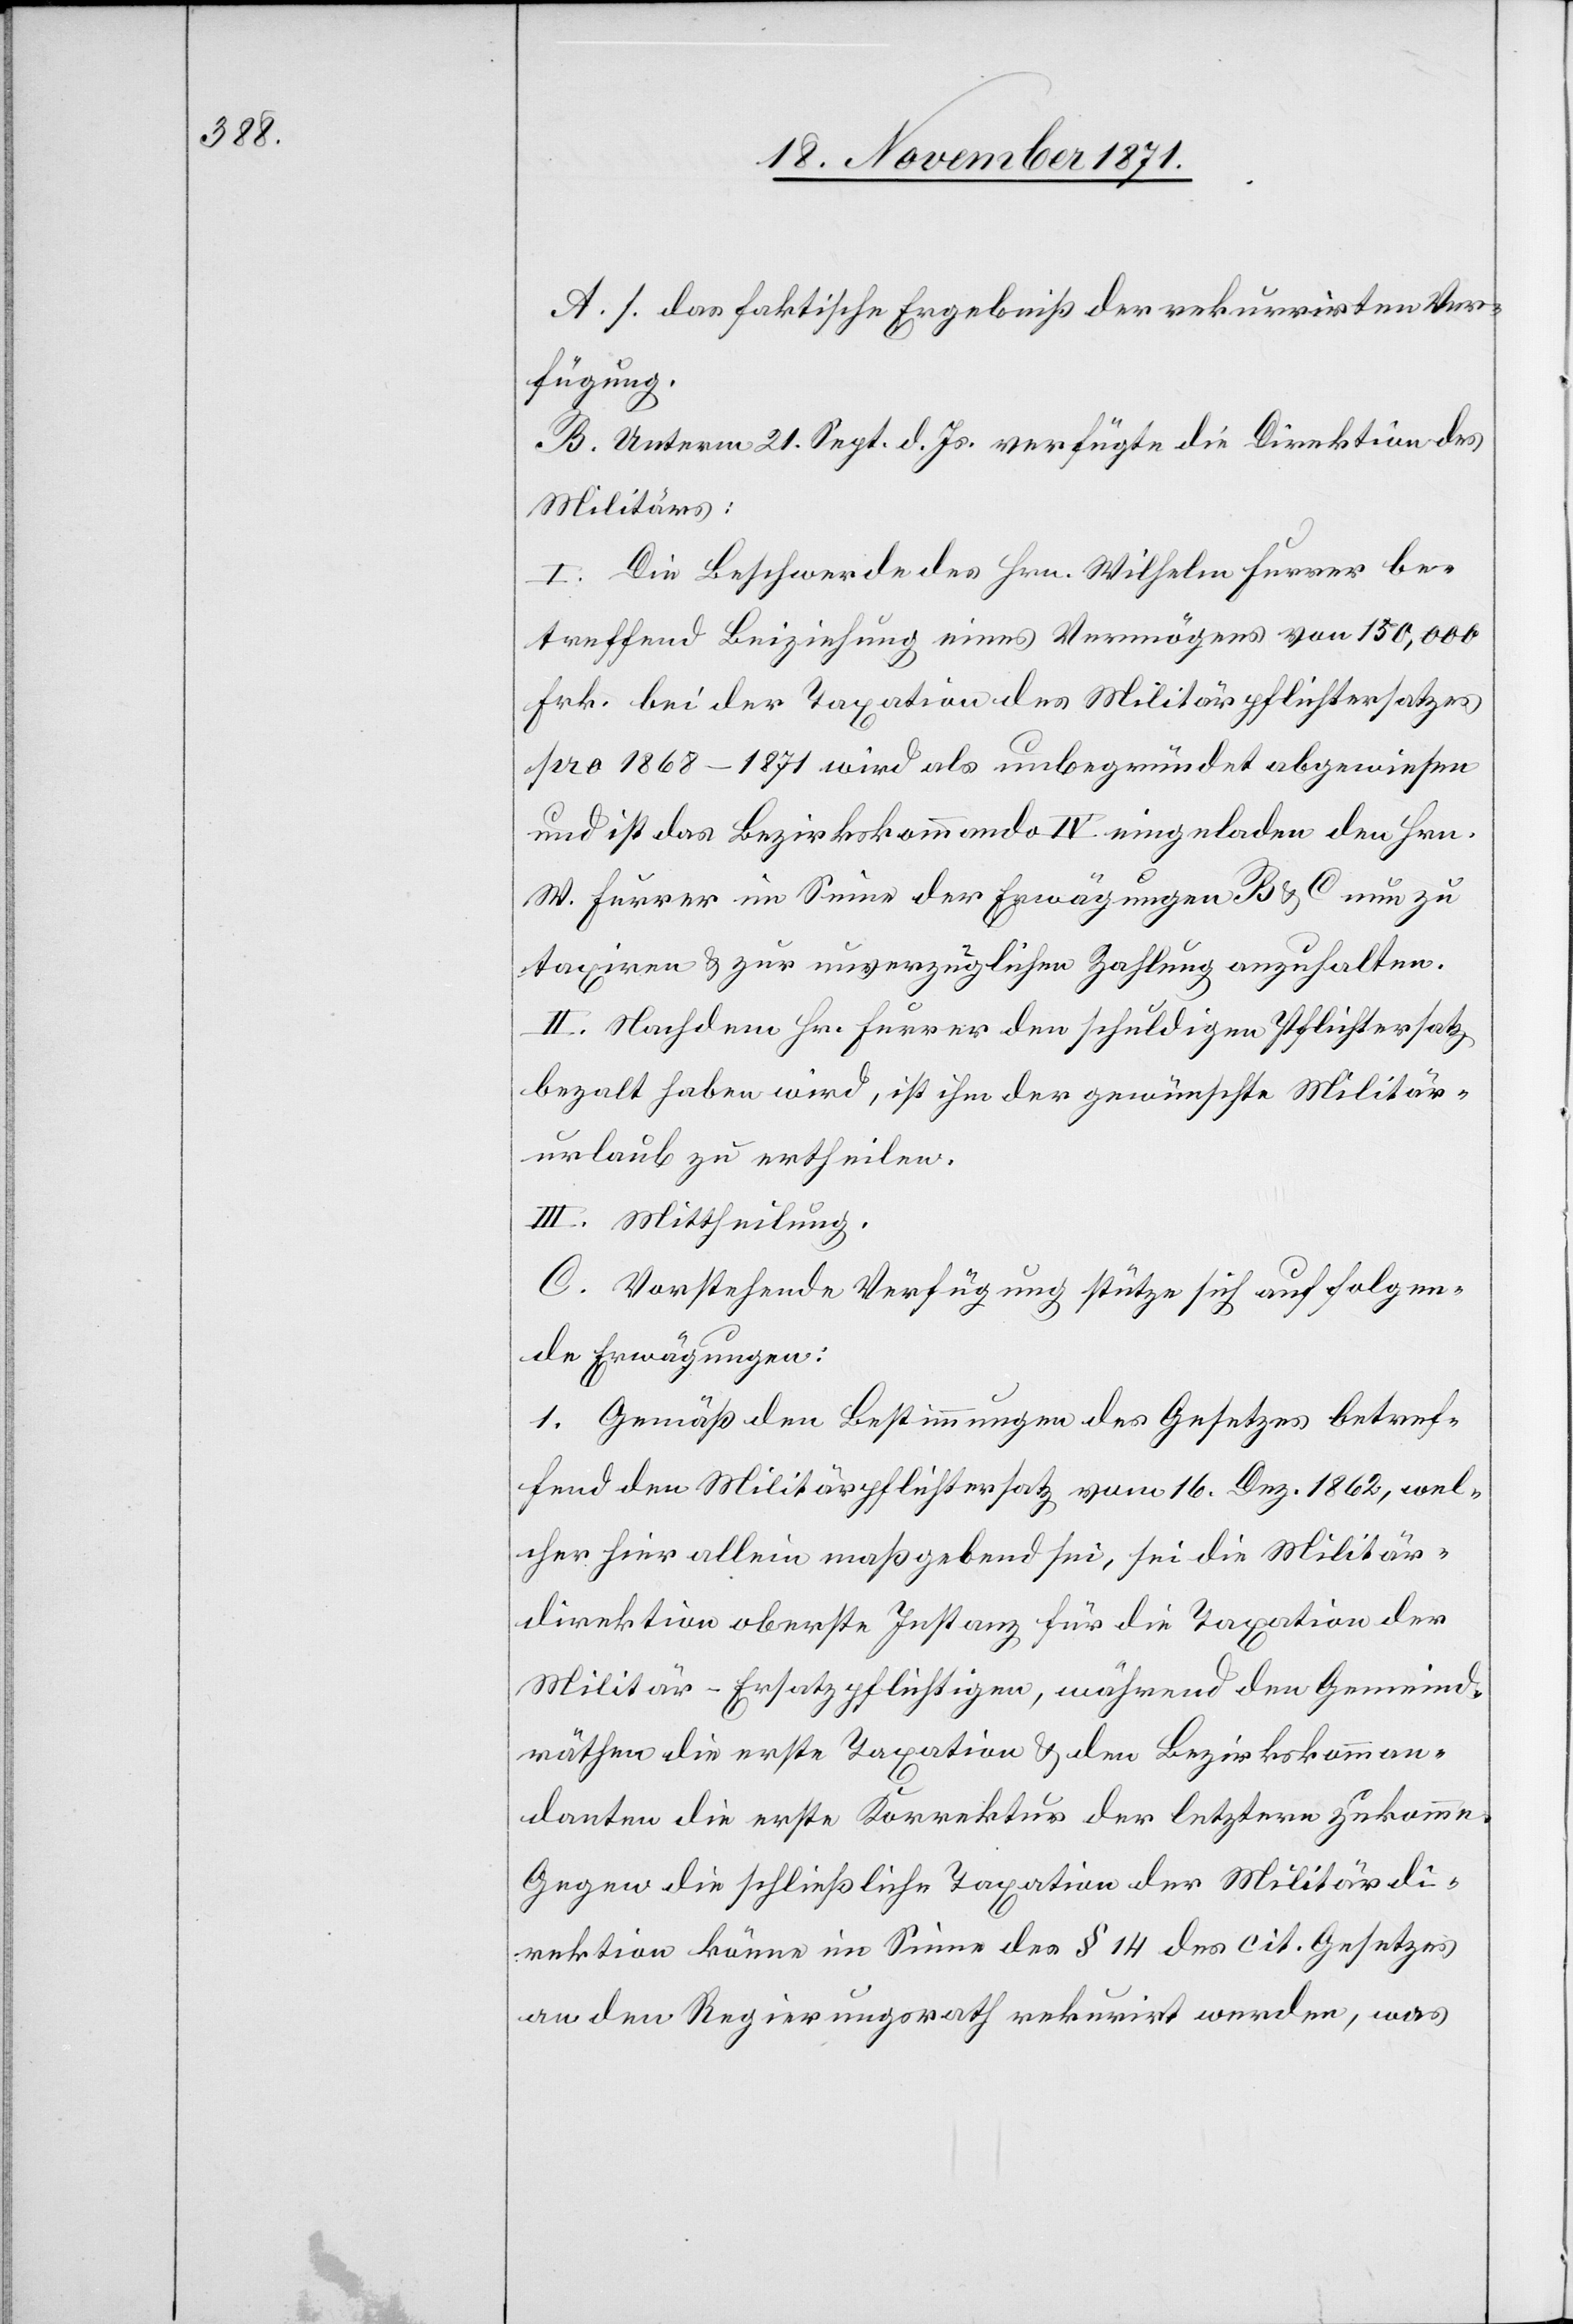
A. s. das faktische Ergebniß der rekurrirten Ver¬
fügung.
B. Unterm 21. Sept. d. Js. verfügte die Direktion des
Militärs:
I. Die Beschwerde des Hrn. Wilhelm Furrer be¬
treffend Beiziehung eines Vermögens von 150,000
Frk. bei der Taxation des Militärpflichtersatzes
pro 1868–1871 wird als unbegründet abgewiesen
und ist das Bezirkskommando IV eingeladen den Hrn.
W. Furrer im Sinne der Erwägungen B & C nun zu
taxiren & zur unverzüglichen Zahlung anzuhalten.
II. Nachdem Hr. Furrer den schuldigen Pflichtersatz
bezahlt haben wird, ist ihm der gewünschte Militär¬
urlaub zu ertheilen.
III. Mittheilung.
C. Vorstehende Verfügung stütze sich auf folgen¬
de Erwägungen:
1. Gemäß den Bestimmungen des Gesetzes betref¬
fend den Militärpflichtersatz vom 16. Dez. 1862, wel¬
cher hier allein maßgebend sei, sei die Militär¬
direktion oberste Instanz für die Taxation der
Militär-Ersatzpflichtigen, während den Gemeind¬
räthen die erste Taxation & den Bezirkskomman¬
danten die erste Korrektur der letztern zukomme.
Gegen die schließliche Taxation der Militärdi¬
rektion könne im Sinne des § 14 des cit. Gesetzes
an den Regierungsrath rekurrirt werden, was